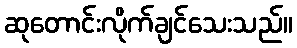
ဆုတောင်းလိုက်ချင်သေးသည်။